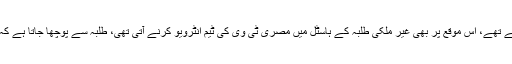
ٹی وی اور ریڈیو پر خصوصی پروگرام نشر کئے جاتے تھے، اس موقع پر بھی غیر ملکی طلبہ کے ہاسٹل میں مصری ٹی وی کی ٹیم انٹرویو کرنے آتی تھی، طلبہ سے پوچھا جاتا ہے کہ ان کے ممالک میں میلاد شریف کیسے منایا جاتا ہے؟